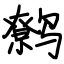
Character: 鹩